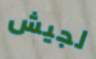
لجيش